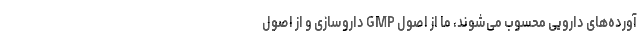
آورده‌های دارویی محسوب می‌شوند، ما از اصول GMP داروسازی و از اصول